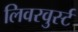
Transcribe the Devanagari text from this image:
लिवरवुर्स्ट